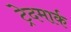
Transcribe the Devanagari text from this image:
ट्रेदमार्क